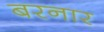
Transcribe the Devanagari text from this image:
बरनार